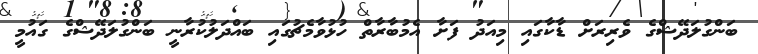
ބަންގުލަދޭޝްގެ ވެރިރަށް ޑާކާގައި މިއަދު ފަށާ އެމުބާރާތް ހުޅުވާމެޗުގައި ބައްދަލުކުރާނީ ބަންގުލަދޭޝްގެ ގައުމީ